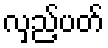
လှည့်ပတ်